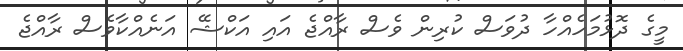
މީގެ ދޮޅުމަހެއްހާ ދުވަސް ކުރިން ވެސް ރާއްޖެ އައި އަކްޝޭ އަނެއްކާވެސް ރާއްޖެ